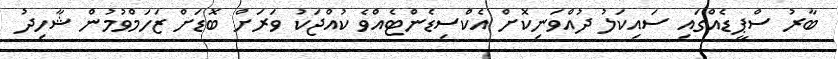
ބާރު ސްޕީޑެއްގައި ސައިކަލު ދުއްވަނިކޮށް އެކްސިޑެންޓެއްވެ ކުއްޖަކު ވަރަށް ބޮޑަށް ޒަހަމްވުމުން ޝާހިދު